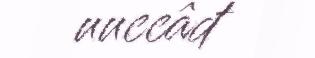
uuccâđ